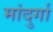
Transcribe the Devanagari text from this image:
मांदुर्गा